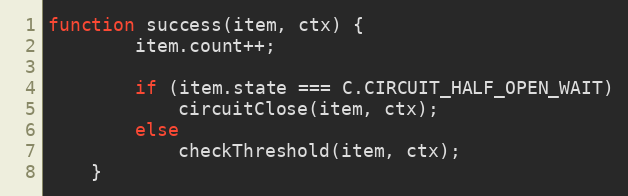
Language: JavaScript
function success(item, ctx) {
		item.count++;

		if (item.state === C.CIRCUIT_HALF_OPEN_WAIT)
			circuitClose(item, ctx);
		else
			checkThreshold(item, ctx);
	}